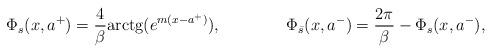
LaTeX: \begin{align*}\Phi _{s}(x,a^+)=\frac{4}{\beta }{\textrm{arctg}}(e^{m(x-a^+)}),\qquad \qquad \Phi _{\bar{s}}(x,a^-)=\frac{2\pi }{\beta }-\Phi _{s}(x,a^-),\end{align*}